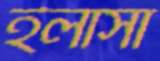
ইলাসা